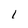
Character: 1